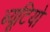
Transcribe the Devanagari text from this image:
ब्यूटियो